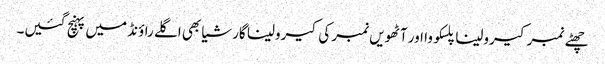
چھٹے نمبر کیرولینا پلسکووا اور آٹھویں نمبر کی کیرولینا گارشیا بھی اگلے راؤنڈ میں پہنچ گئیں۔